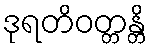
ဒုရတိဝတ္တန္တိ